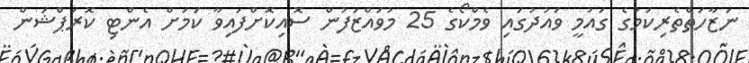
ނަޒާހަތްތެރިކަމުގެ ގައުމީ ވައުދުގައި ވެމްކޯގެ 25 މުވައްޒަފުން ސޮއިކޮށްފައިވާ ކަމަށް އެންޓި ކޮރަޕްޝަން